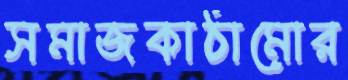
সমাজকাঠামোর